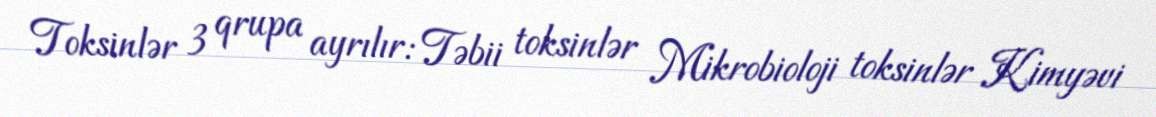
Toksinlər 3 qrupa ayrılır: Təbii toksinlər Mikrobioloji toksinlər Kimyəvi